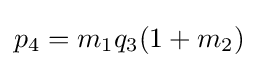
p_{4}=m_{1}q_{3}(1+m_{2})\